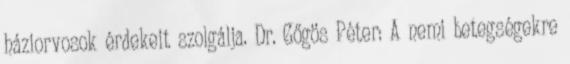
háziorvosok érdekeit szolgálja. Dr. Gőgös Péter: A nemi betegségekre